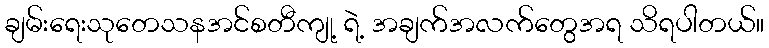
ချမ်းရေးသုတေသနအင်စတီကျု့ ရဲ့ အချက်အလက်တွေအရ သိရပါတယ်။